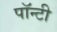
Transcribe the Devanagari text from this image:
पॉन्टी